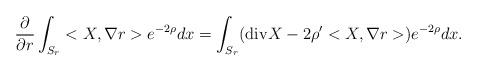
LaTeX: \begin{align*} \frac{\partial}{\partial r}\int_{S_r}<X,\nabla r> e^{-2\rho}dx=\int_{S_r}({\rm div} X -2\rho^{\prime}<X,\nabla r>) e^{-2\rho}dx.\end{align*}